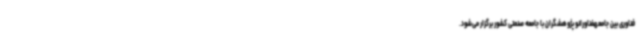
فناوری بین جامعهفناورانو پژوهشگران با جامعه صنعتی کشور برگزار می‌شود.